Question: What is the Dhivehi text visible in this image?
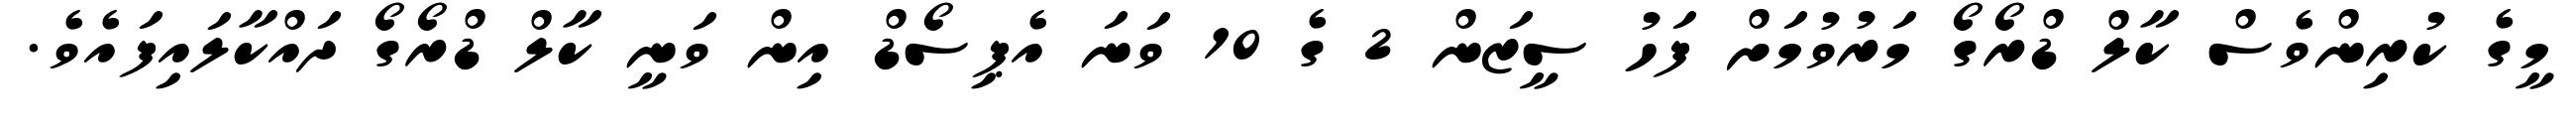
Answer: މީގެ ކުރިންވެސް ކާލް ޑްރޯގޯ މަރުވުމަށް ފަހު ސީޒަން 2 ގެ 10 ވަނަ އެޕިސޯޑް އިން ވަނީ ކާލް ޑްރޯގޯ ދައްކާލައިފައެވެ.